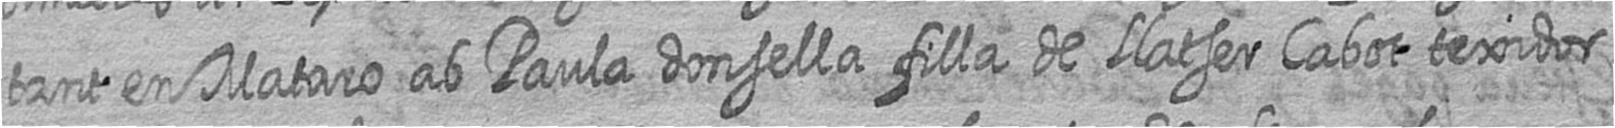
tant en Mataro ab Paula donsella filla de Llatser Cabot texidor